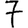
Digit: 7